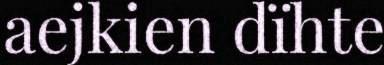
aejkien dïhte